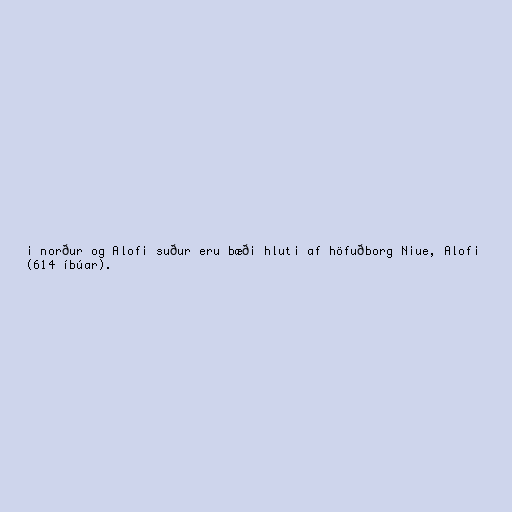
i norður og Alofi suður eru bæði hluti af höfuðborg Niue, Alofi
(614 íbúar).